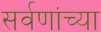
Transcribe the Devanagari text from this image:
सर्वणांच्या